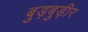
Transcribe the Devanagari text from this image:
बुड़बुड़ीर